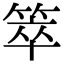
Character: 箤